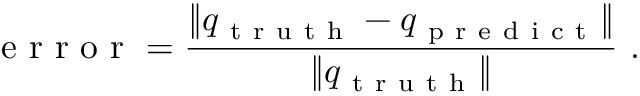
\mathrm { ~ e ~ r ~ r ~ o ~ r ~ } = \frac { \| q _ { \mathrm { ~ t ~ r ~ u ~ t ~ h ~ } } - q _ { \mathrm { ~ p ~ r ~ e ~ d ~ i ~ c ~ t ~ } } \| } { \| q _ { \mathrm { ~ t ~ r ~ u ~ t ~ h ~ } } \| } \mathrm { ~ . ~ }